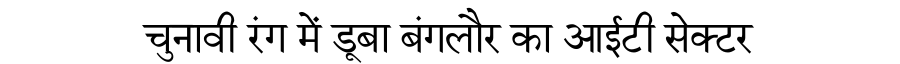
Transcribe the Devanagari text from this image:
चुनावी रंग में डूबा बंगलौर का आईटी सेक्टर